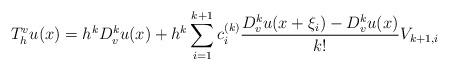
LaTeX: \begin{align*}T_h^v u(x) =h^k{D^k_v u(x)}+h^k\sum_{i=1}^{k+1} c^{(k)}_{i}\frac{D^k_v u(x+\xi_i)-D^k_v u(x)}{k!} V_{k+1,i}\end{align*}